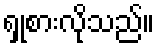
ရှုစားလိုသည်။